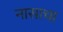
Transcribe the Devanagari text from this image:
नासाचा